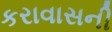
કરાવાસની